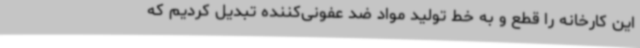
این کارخانه را قطع و به خط تولید مواد ضد عفونی‌کننده تبدیل کردیم که